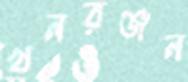
খনরঞ্জন